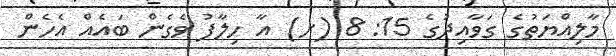
މާލިއްޔަތުގެ ގަވާއިދުގެ 15: 8 (ށ) އާ ހިލާފު ވެގެން ބައެއް އެހެން